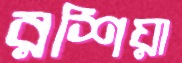
রশিয়া